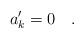
LaTeX: \begin{align*}a'_k=0\quad.\end{align*}